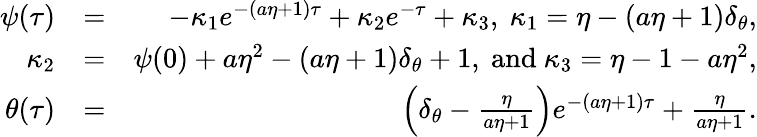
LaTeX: \begin{array}{rlr}{\psi(\tau)}&{=}&{-\kappa_{1}e^{-(a\eta+1)\tau}+\kappa_{2}e^{-\tau}+\kappa_{3},\ \kappa_{1}=\eta-(a\eta+1)\delta_{\theta},}\\ {\kappa_{2}}&{=}&{\psi({0})+a\eta^{2}-(a\eta+1)\delta_{\theta}+1,\mathrm{~and~}\kappa_{3}=\eta-1-a\eta^{2},}\\ {\theta(\tau)}&{=}&{\left(\delta_{\theta}-\frac{\eta}{a\eta+1}\right)e^{-(a\eta+1)\tau}+\frac{\eta}{a\eta+1}.}\end{array}